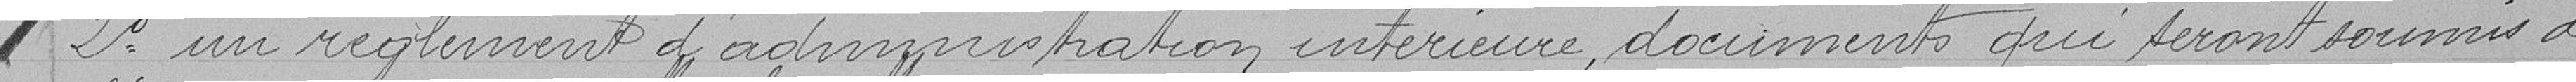
2° un règlement d'administration intérieure, documents qui seront soumis à